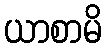
ယာစာမိ